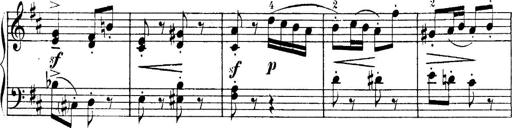
Title: 4 Sonatines
Composer: Max Reger